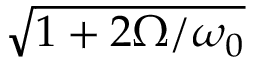
\sqrt { 1 + 2 \Omega / \omega _ { 0 } }